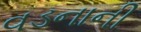
વડનાની